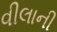
વીલાની